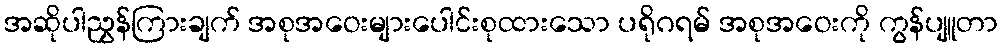
အဆိုပါညွှန်ကြားချက် အစုအဝေးများပေါင်းစုထားသော ပရိုဂရမ် အစုအဝေးကို ကွန်ပျူတာ